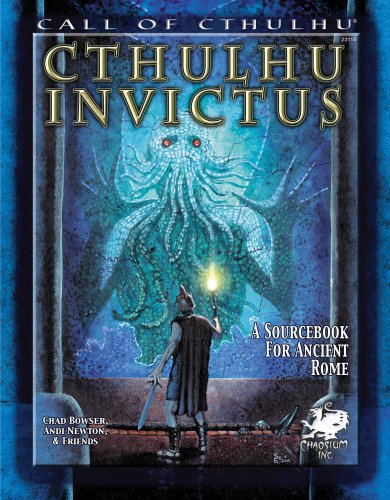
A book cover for Cthulhu Invictus: A Sourcebook for Ancient Rome (Call of Cthulhu roleplaying); Chad Bowser; Science Fiction & Fantasy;